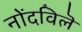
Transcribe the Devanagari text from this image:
नोंदविलॆ